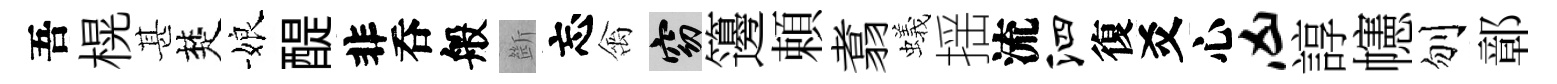
吾榥甚楚娘醍非呑般㫁忘禽窈籩頼翥蟻揺流泗復爻心凶諄幰刎鄣